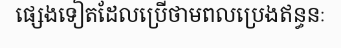
ផ្សេងទៀតដែលប្រើថាមពលប្រេងឥន្ធនៈ